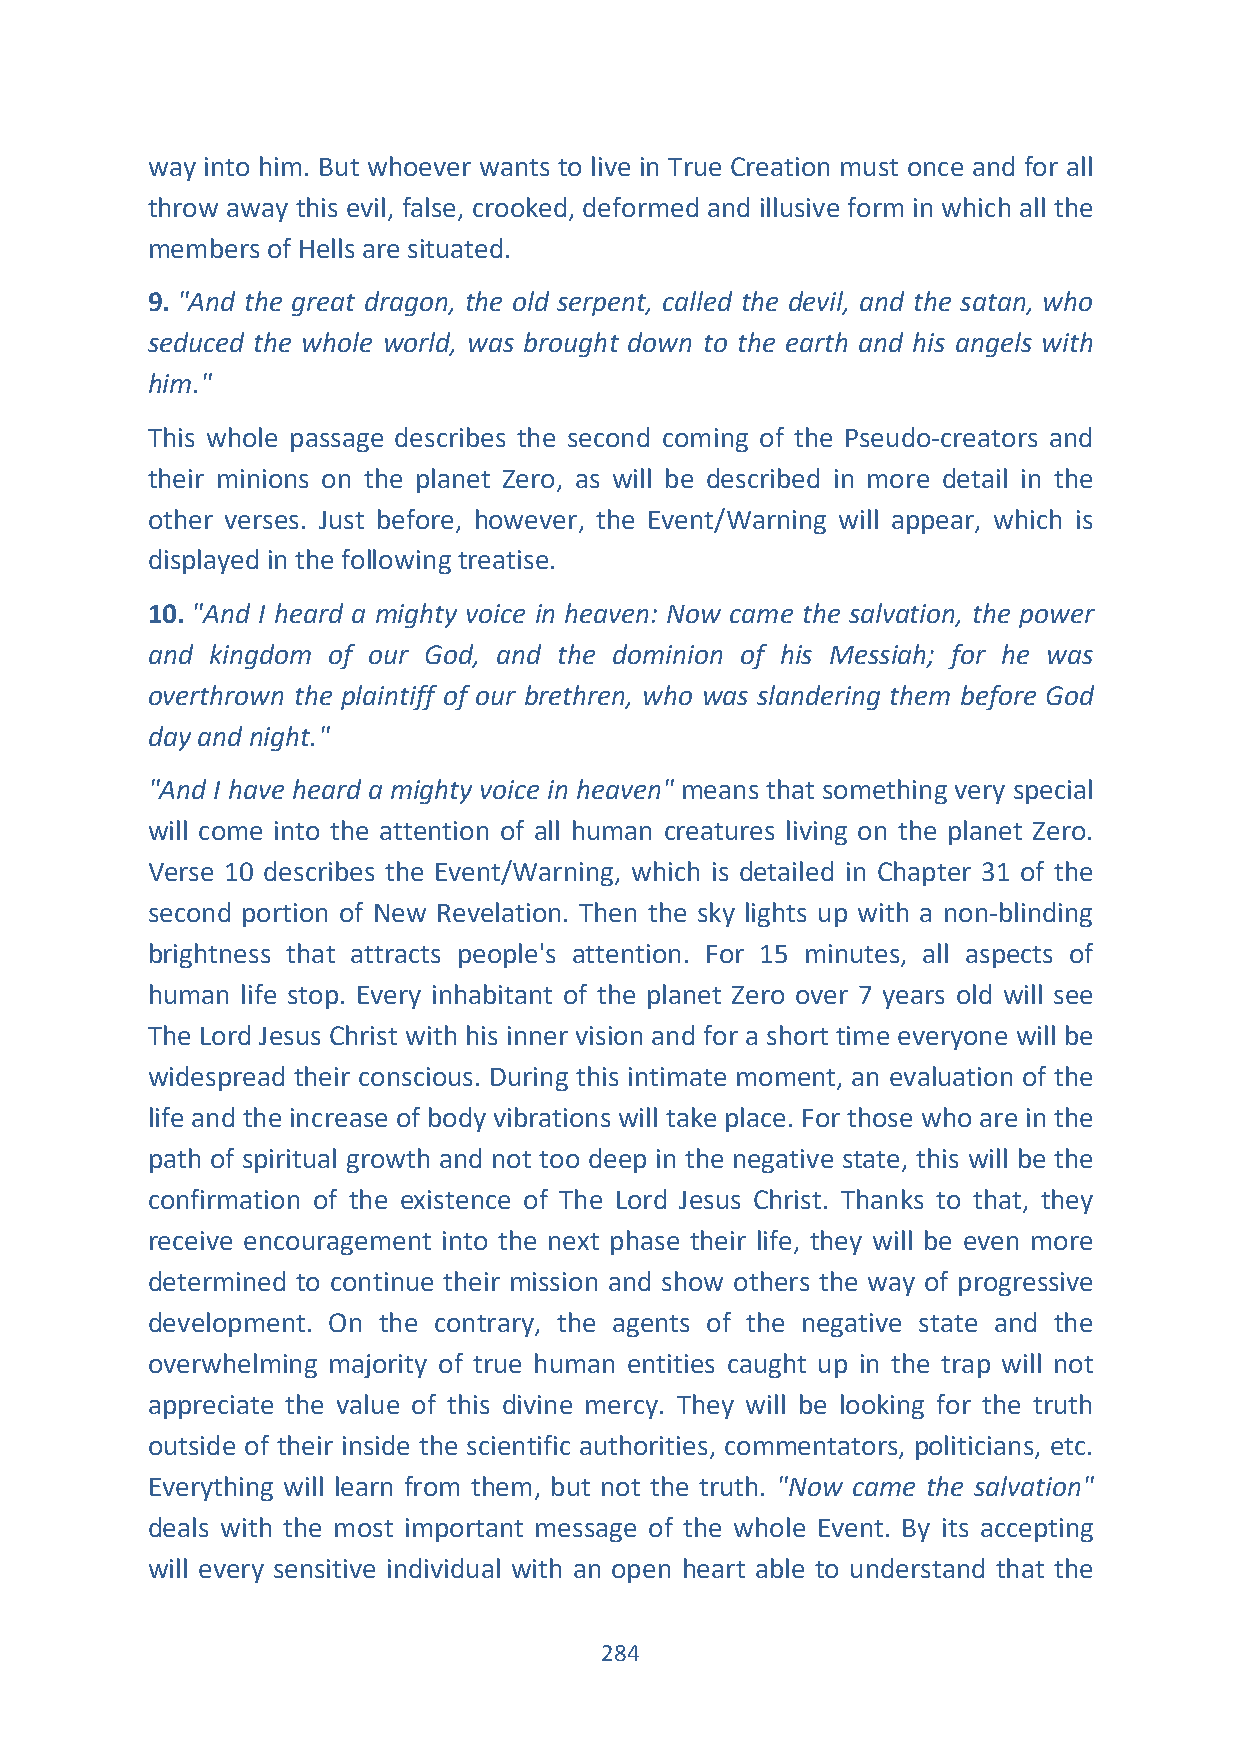
way into him. But whoever wants to live in True Creation must once and for all
 throw away this evil, false, crooked, deformed and illusive form in which all the
 members of Hells are situated.
 9. "And the great dragon, the old serpent, called the devil, and the satan, who
 seduced the whole world, was brought down to the earth and his angels with
 him."
 This whole passage describes the second coming of the Pseudo-creators and
 their minions on the planet Zero, as will be described in more detail in the
 other verses. Just before, however, the Event/Warning will appear, which is
 displayed in the following treatise.
 10. "And I heard a mighty voice in heaven: Now came the salvation, the power
 and kingdom of our God, and the dominion of his Messiah; for he was
 overthrown the plaintiff of our brethren, who was slandering them before God
 day and night."
 "And I have heard a mighty voice in heaven" means that something very special
 will come into the attention of all human creatures living on the planet Zero.
 Verse 10 describes the Event/Warning, which is detailed in Chapter 31 of the
 second portion of New Revelation. Then the sky lights up with a non-blinding
 brightness that attracts people's attention. For 15 minutes, all aspects of
 human life stop. Every inhabitant of the planet Zero over 7 years old will see
 The Lord Jesus Christ with his inner vision and for a short time everyone will be
 widespread their conscious. During this intimate moment, an evaluation of the
 life and the increase of body vibrations will take place. For those who are in the
 path of spiritual growth and not too deep in the negative state, this will be the
 confirmation of the existence of The Lord Jesus Christ. Thanks to that, they
 receive encouragement into the next phase their life, they will be even more
 determined to continue their mission and show others the way of progressive
 development. On the contrary, the agents of the negative state and the
 overwhelming majority of true human entities caught up in the trap will not
 appreciate the value of this divine mercy. They will be looking for the truth
 outside of their inside the scientific authorities, commentators, politicians, etc.
 Everything will learn from them, but not the truth. "Now came the salvation"
 deals with the most important message of the whole Event. By its accepting
 will every sensitive individual with an open heart able to understand that the
 284